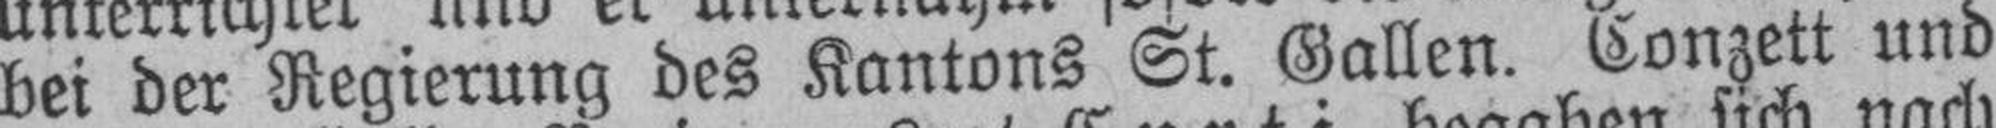
bei der Regierung des Kantons St. Gallen. Conzett und